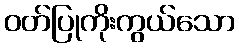
ဝတ်ပြုကိုးကွယ်သော